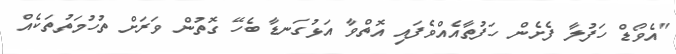
"އެވޯޑް ހަފުލާ ފެށެން ހަފުތާއެއްވެފައި އޮތްވާ އަޅުގަނޑާ ބެހޭ ގޮތުން ވަރަށް ތުހުމަތުތަކެއް